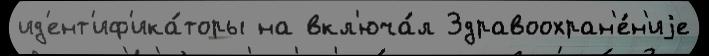
ид'ент'иф'ика́торы на вкл'юча́л Здравоохран'е́н'иjе